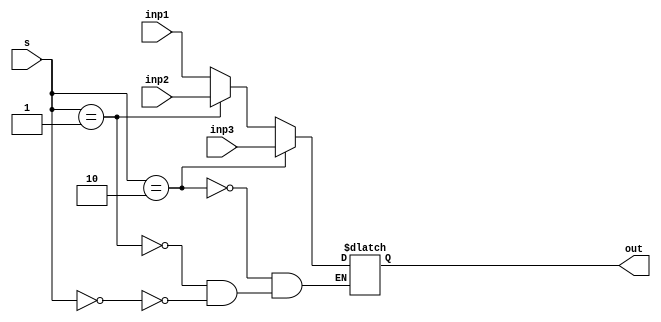
module mux3sel32(inp1,inp2,inp3,s,out);
input [31:0] inp1,inp2,inp3;
input [1:0] s;
output reg [31:0] out;
always@(inp1,inp2,inp3,s) begin
	if (s == 2'b00)
		out = inp1;
	if (s == 2'b01)
		out = inp2;
	if (s == 2'b10)
		out = inp3;
end
endmodule